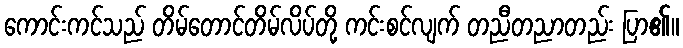
ကောင်းကင်သည် တိမ်တောင်တိမ်လိပ်တို့ ကင်းစင်လျက် တညီတညာတည်း ပြာ၏။